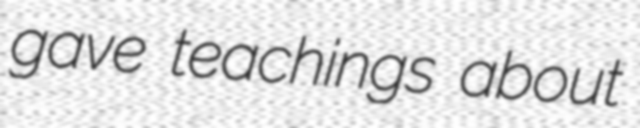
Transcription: gave teachings about